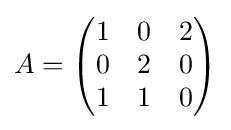
A={\begin{pmatrix}1&0&2\\0&2&0\\1&1&0\end{pmatrix}}